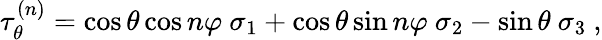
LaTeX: \tau_{\theta}^{(n)}=\cos\theta\cos n\varphi\ \sigma_{1}+\cos\theta\sin n\varphi\ \sigma_{2}-\sin\theta\ \sigma_{3}\ ,